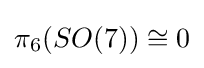
\pi _{6}(SO(7))\cong 0